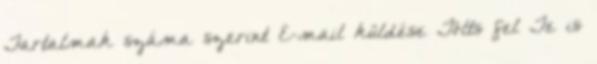
Tartalmak száma szerint E-mail küldése Tölts fel Te is